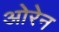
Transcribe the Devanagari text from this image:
ओरेन